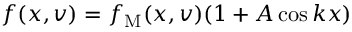
f ( x , v ) = f _ { \mathrm { M } } ( x , v ) ( 1 + A \cos k x )